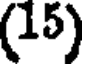
(15)